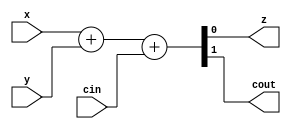
module add_circuit
(
    input wire x,
    input wire y,
    input wire cin,
    output wire z,
    output wire cout
);
wire [1:0] temp;
assign temp = {1'b0,x} + {1'b0,y} + {1'b0,cin};

assign z = temp[0];
assign cout = temp[1];

endmodule